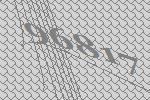
96817